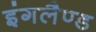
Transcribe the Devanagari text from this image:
इंगलैण्‍ड